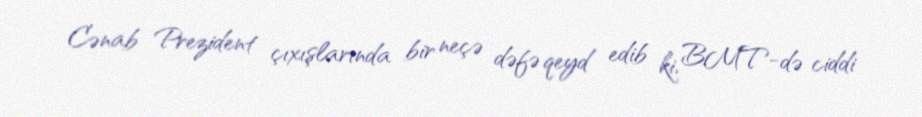
Cənab Prezident çıxışlarında bir neçə dəfə qeyd edib ki, BMT-də ciddi